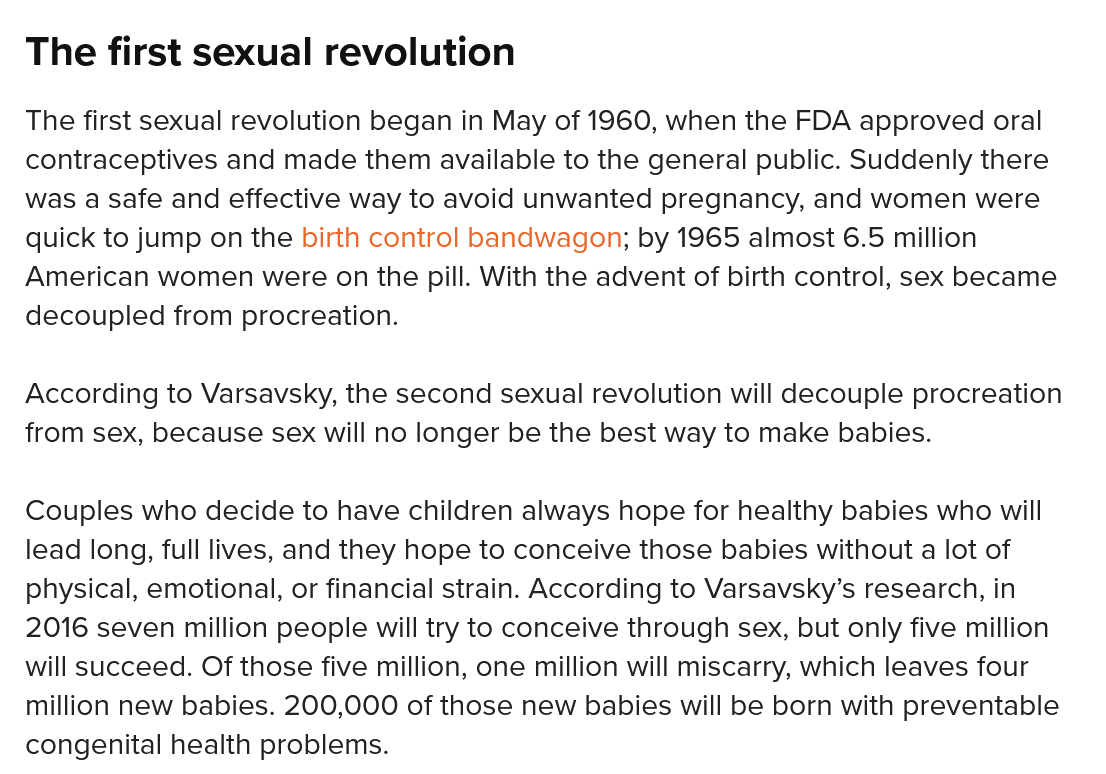
The first   sexual    revolution
  The first sexual revolution began in May of 1960, when the FDA approved oral
  contraceptives and made them  available to the general public. Suddenly there
  was a safe and effective way to avoid unwanted pregnancy, and women were
  quick to jump on the birth contro! bandwagon; by 1965 almost 6.5 million
  American  women were on the pill. With the advent of birth control, sex became
  decoupled  from procreation.
  According to Varsavsky, the second sexual revolution will decouple procreation
  from sex, because sex will no longer be the best way to make babies.
  Couples  who decide to have children always hope for healthy babies who will
  lead long, full lives, and they hope to conceive those babies without a lot of
  physical, emotional, or financial strain. According to Varsavsky’s research, in
  2016 seven  million people will try to conceive through sex, but only five million
  will succeed. Of those five million, one million will miscarry, which leaves four
  million new babies. 200,000 of those new babies will be born with preventable
  congenital health problems.